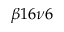
\beta 1 6 \nu 6